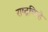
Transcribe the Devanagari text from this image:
राष्ट्रचिन्हे